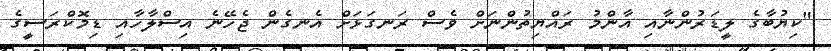
"ކިޔުބާގެ ލީޑަރުންނާއި އާންމު ރައްޔިތުންނަށް ވެސް ރަނގަޅަށް އެނގެން ޖެހޭނެ އިސްލާހާއި ޑިމޮކްރަސީގެ